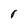
Character: r